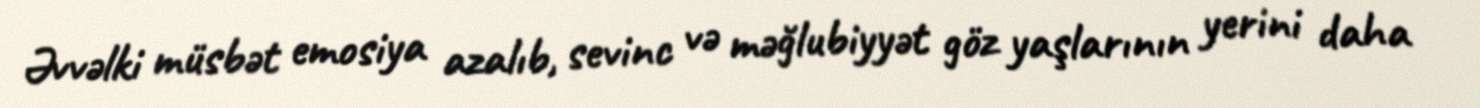
Əvvəlki müsbət emosiya azalıb, sevinc və məğlubiyyət göz yaşlarının yerini daha